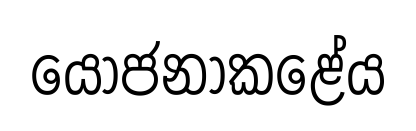
යෝජනාකළේය